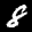
Label: 8